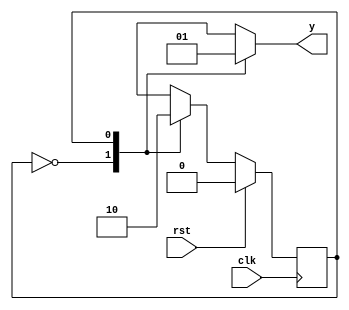
module top(input clk, input rst, output reg y);

  
parameter zero = 0;
parameter one = 1;
reg state,next_state;
  
/////////////////Reset state Logic //////////////  
always@(posedge clk)
  begin
    if(rst)
      state <= zero;
     else
       state <= next_state;
  end  
 /////////////Next State Decoder and Output Logic ///////
  
  always@(state)
    begin
      case(state)
       zero: 
        begin 
         next_state = one; 
         y = 0; 
        end
       one : 
         begin
         next_state = zero;
         y = 1;  
         end	      
        endcase     
      end

 ////////////////////////////////////////////////// 
endmodule